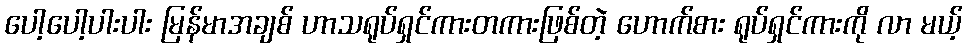
ပေါ့ပေါ့ပါးပါး မြန်မာအချစ် ဟာသရုပ်ရှင်ကားတကားဖြစ်တဲ့ ဟောက်စား ရုပ်ရှင်ကားကို လာ မယ့်